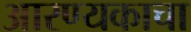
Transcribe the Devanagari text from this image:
आरण्यकाचा